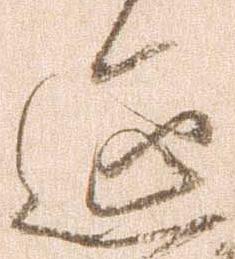
延